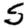
Digit: 5